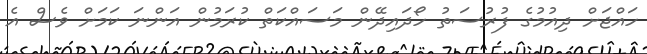
ހައްޖަށް ދިއުމުގެ ފުރުސަތު ހޯދައިދޭން މަސައްކަތް ކުރަމުން އަންނަ ކަމަށް ވެސް އެ